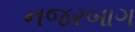
નજરબાગ